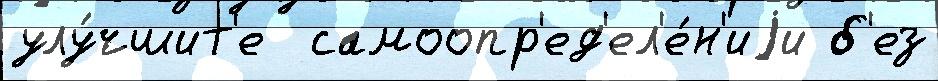
улу́чшит'е  самоопр'ед'ел'е́н'иjи б'ез